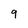
Character: 9